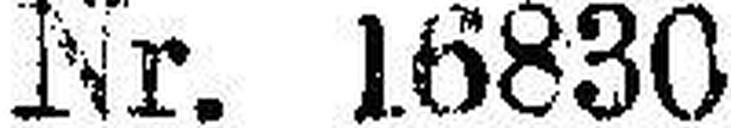
Nr. 16830